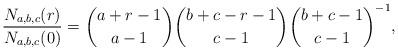
LaTeX: \begin{align*}\frac{N_{a,b,c}(r)}{N_{a,b,c}(0)}=\binom{a+r-1}{a-1}\binom{b+c-r-1}{c-1}\binom{b+c-1}{c-1}^{-1},\end{align*}